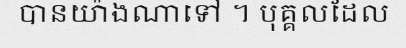
បានយ៉ាងណាទៅ ។ បុគ្គលដែល